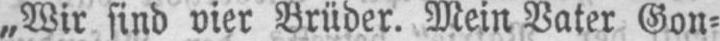
„Wir sind vier Brüder. Mein Vater Gon⸗